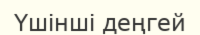
Үшінші деңгей